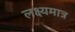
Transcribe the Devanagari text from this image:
लक्ष्यमात्र